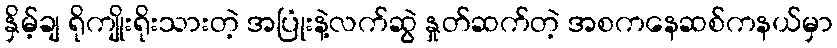
နှိမ့်ချ ရိုကျိုးရိုးသားတဲ့ အပြုံးနဲ့လက်ဆွဲ နှုတ်ဆက်တဲ့ အစကနေဆစ်ကနယ်မှာ